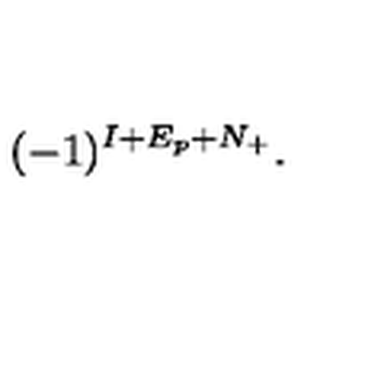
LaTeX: ( - 1 ) ^ { I + E _ { p } + N _ { + } } .